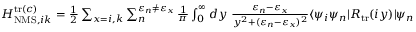
\begin{array} { r } { H _ { \mathrm { N M S } , i k } ^ { \mathrm { t r } ( c ) } = \frac { 1 } { 2 } \sum _ { x = i , k } \sum _ { n } ^ { \varepsilon _ { n } \neq \varepsilon _ { x } } \frac { 1 } { \pi } \int _ { 0 } ^ { \infty } d y \, \, \frac { \varepsilon _ { n } - \varepsilon _ { x } } { y ^ { 2 } + ( \varepsilon _ { n } - \varepsilon _ { x } ) ^ { 2 } } \ensuremath { \langle \psi _ { i } \psi _ { n } | } { R } _ { \mathrm { t r } } ( i y ) \ensuremath { | \psi _ { n } \psi _ { k } \rangle } \, . } \end{array}